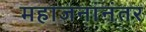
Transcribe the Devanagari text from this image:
महाजनांनंतर